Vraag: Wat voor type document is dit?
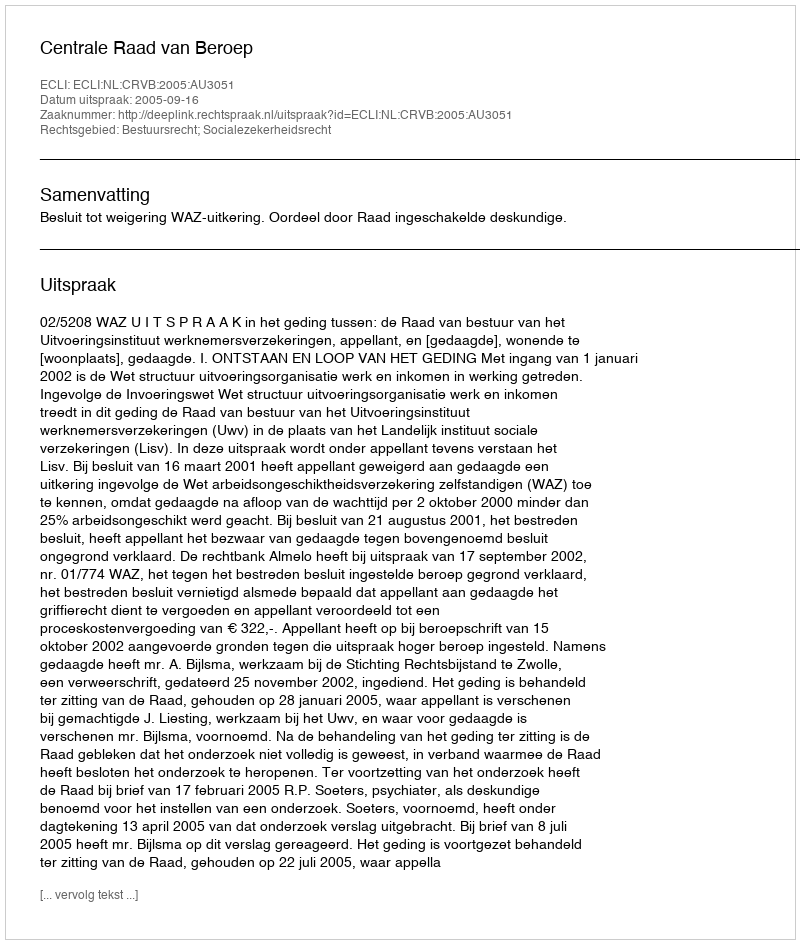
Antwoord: Uitspraak